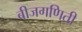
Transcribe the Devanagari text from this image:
बीजगणिती